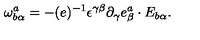
\omega _ { b \alpha } ^ { a } = - ( e ) ^ { - 1 } \epsilon ^ { \gamma \beta } \partial _ { \gamma } e _ { \beta } ^ { a } \cdot E _ { b \alpha } .